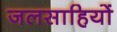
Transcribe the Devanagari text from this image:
जलसाहियों